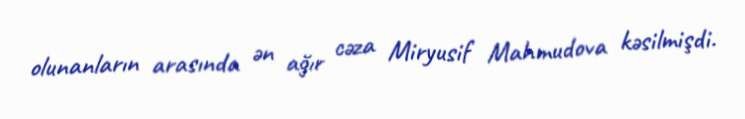
olunanların arasında ən ağır cəza Miryusif Mahmudova kəsilmişdi.